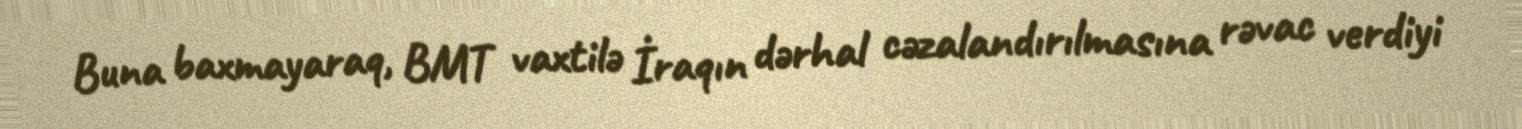
Buna baxmayaraq, BMT vaxtilə İraqın dərhal cəzalandırılmasına rəvac verdiyi